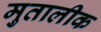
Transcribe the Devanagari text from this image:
मुतालीक